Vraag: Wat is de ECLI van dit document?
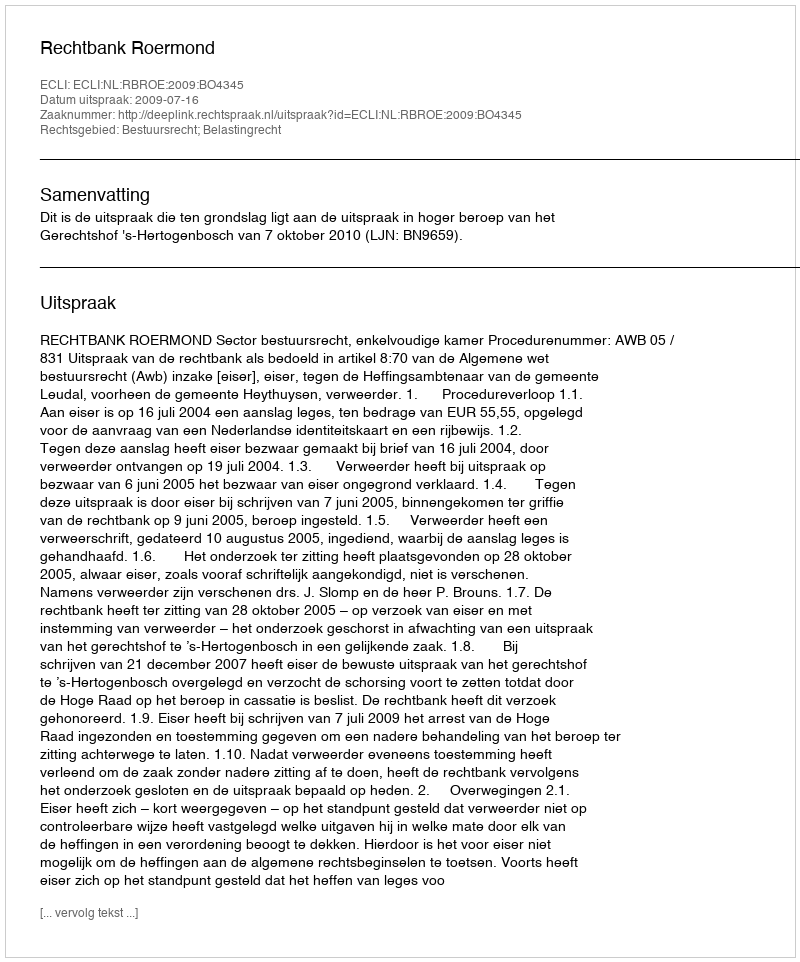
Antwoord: ECLI:NL:RBROE:2009:BO4345